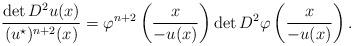
LaTeX: \begin{align*}\frac{\det D^2u(x)}{(u^{\star})^{n+2}(x)} = \varphi^{n+2}\left(\frac{x}{-u(x)}\right)\det D^2\varphi\left(\frac{x}{-u(x)}\right). \end{align*}